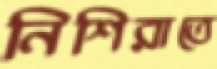
নিশিরাতে